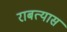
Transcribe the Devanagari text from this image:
राबत्यास